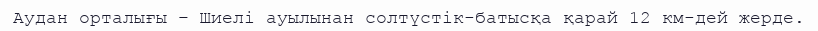
Аудан орталығы – Шиелі ауылынан солтүстік-батысқа қарай 12 км-дей жерде.